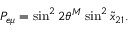
P _ { e \mu } = \sin ^ { 2 } 2 \theta ^ { M } \sin ^ { 2 } \tilde { x } _ { 2 1 } .